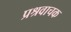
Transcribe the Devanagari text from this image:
प्रश्रवाचक